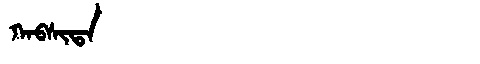
Manchu: ᡴᠠᠪᠰᡳᡨᠠ
Romanization: KABSITA